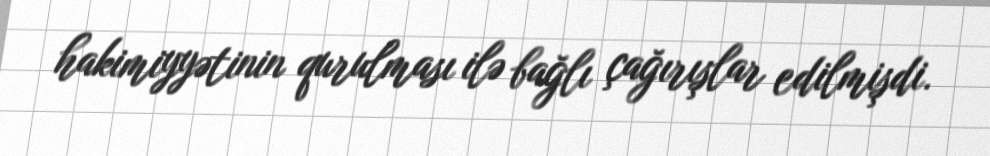
hakimiyyətinin qurulması ilə bağlı çağırışlar edilmişdi.